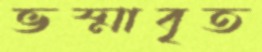
ভস্মাবৃত